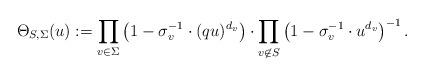
LaTeX: \begin{align*}\Theta_{S, \Sigma}(u) := \prod_{v \in \Sigma}\left( 1 - \sigma_v^{-1} \cdot (qu)^{d_v} \right) \cdot\prod_{v \not\in S}\left( 1 - \sigma_v^{-1} \cdot u^{d_v} \right)^{-1}.\end{align*}